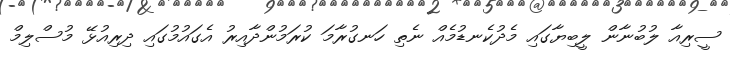
ސީރިއާ ލުބުނާން ލީބިޔާގައި މެދުކެނޑުމެއް ނެތި ހަނގުރާމަ ކުރަމުންދާއިރު އެގައުމުގައި ދިރިއުޅޭ މުސްލިމް